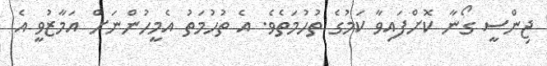
ޖިންސީ ގޯނާ ކޮށްފައިވާ ކަމުގެ ތުހުމަތެވެ. އެ ތުހުމަތު އެމީހުންނަށް އަމާޒުވީ އެ